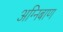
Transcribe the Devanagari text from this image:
अग्‍निबाण